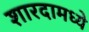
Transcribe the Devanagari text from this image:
शारदामध्ये